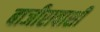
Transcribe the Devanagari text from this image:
बाजीरावाशीं